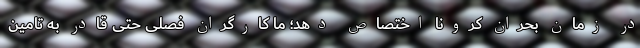
در زمان بحران کرونا اختصاص دهد؛ ما کارگران فصلی حتی قادر به تامین